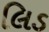
લિડ